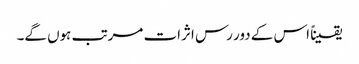
یقیناً اس کے دور رس اثرات مرتب ہوں گے۔